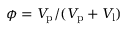
\phi = V _ { \mathrm { p } } / ( V _ { \mathrm { p } } + V _ { \mathrm { l } } )